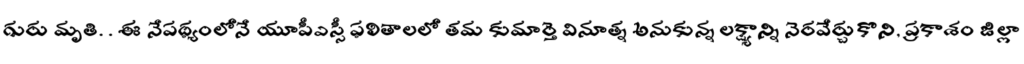
గురు మృతి. . ఈ నేపథ్యంలోనే యూపీఎస్సీ ఫలితాలలో తమ కుమార్తె వినూత్న అనుకున్న లక్ష్యాన్ని నెరవేర్చుకొని, ప్రకాశం జిల్లా